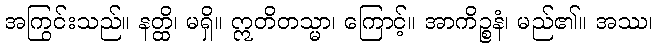
အကြွင်းသည်။ နတ္ထိ၊ မရှိ။ ဣတိတသ္မာ၊ ကြောင့်။ အာကိဉ္စနံ၊ မည်၏။ အဿ၊